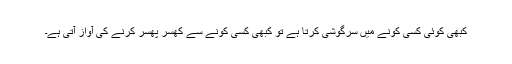
کبھی کوئی کسی کونے میں سرگوشی کرتا ہے تو کبھی کسی کونے سے کُھسر پھسر کرنے کی آواز آتی ہے۔